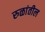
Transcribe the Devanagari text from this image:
रुळांतील